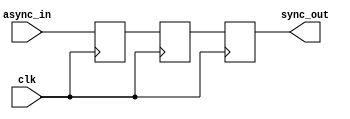
module metastability_filter #(
    parameter WIDTH = 1 // Width of the asynchronous signal
)(
    input  wire clk,                     // Clock signal
    input  wire [WIDTH-1:0] async_in,   // Asynchronous input signal
    output reg  [WIDTH-1:0] sync_out     // Synchronized output signal
);

    // Internal signals for intermediate stages
    reg [WIDTH-1:0] ff1; // Output of the first flip-flop
    reg [WIDTH-1:0] ff2; // Output of the second flip-flop

    // First flip-flop: Samples the asynchronous input signal
    always @(posedge clk) begin
        ff1 <= async_in; // Sample the asynchronous input
    end

    // Second flip-flop: Samples the output of the first flip-flop
    always @(posedge clk) begin
        ff2 <= ff1; // Sample the output of the first flip-flop
    end

    // Final output assignment
    always @(posedge clk) begin
        sync_out <= ff2; // Stable output signal
    end

endmodule